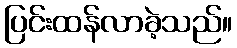
ပြင်းထန်လာခဲ့သည်။